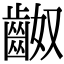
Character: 𪗵